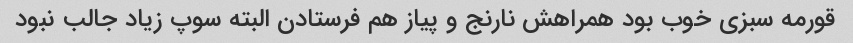
قورمه سبزی خوب بود همراهش نارنج و پیاز هم فرستادن البته سوپ زیاد جالب نبود